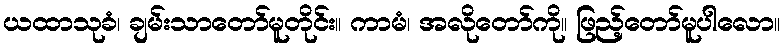
ယထာသုခံ၊ ချမ်းသာတော်မူတိုင်း။ ကာမံ၊ အလိုတော်ကို။ ဖြည့်တော်မူပါလော။